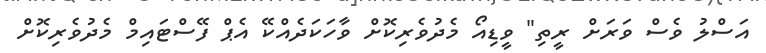
އަސްލު ވެސް ވަރަށް ރީތި" ވީޑިއޯ މެދުވެރިކޮށް ވާހަކަދެއްކޭ އެޕް ފޭސްޓައިމް މެދުވެރިކޮށް